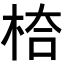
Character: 𭪅